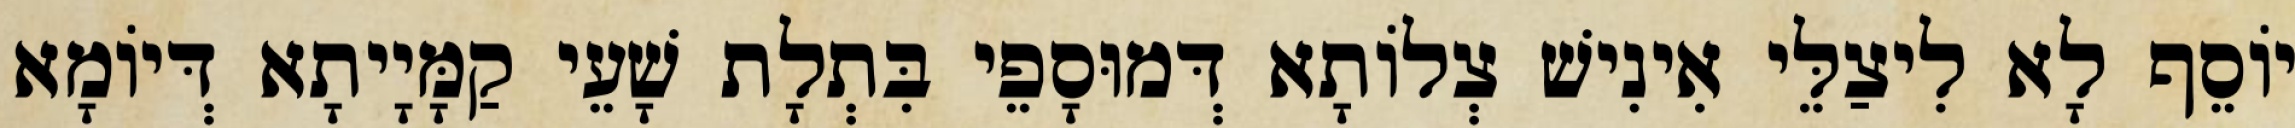
יוֹסֵף לָא לִיצַלֵּי אִינִישׁ צְלוֹתָא דְּמוּסָפֵי בִּתְלָת שָׁעֵי קַמָּיָיתָא דְּיוֹמָא